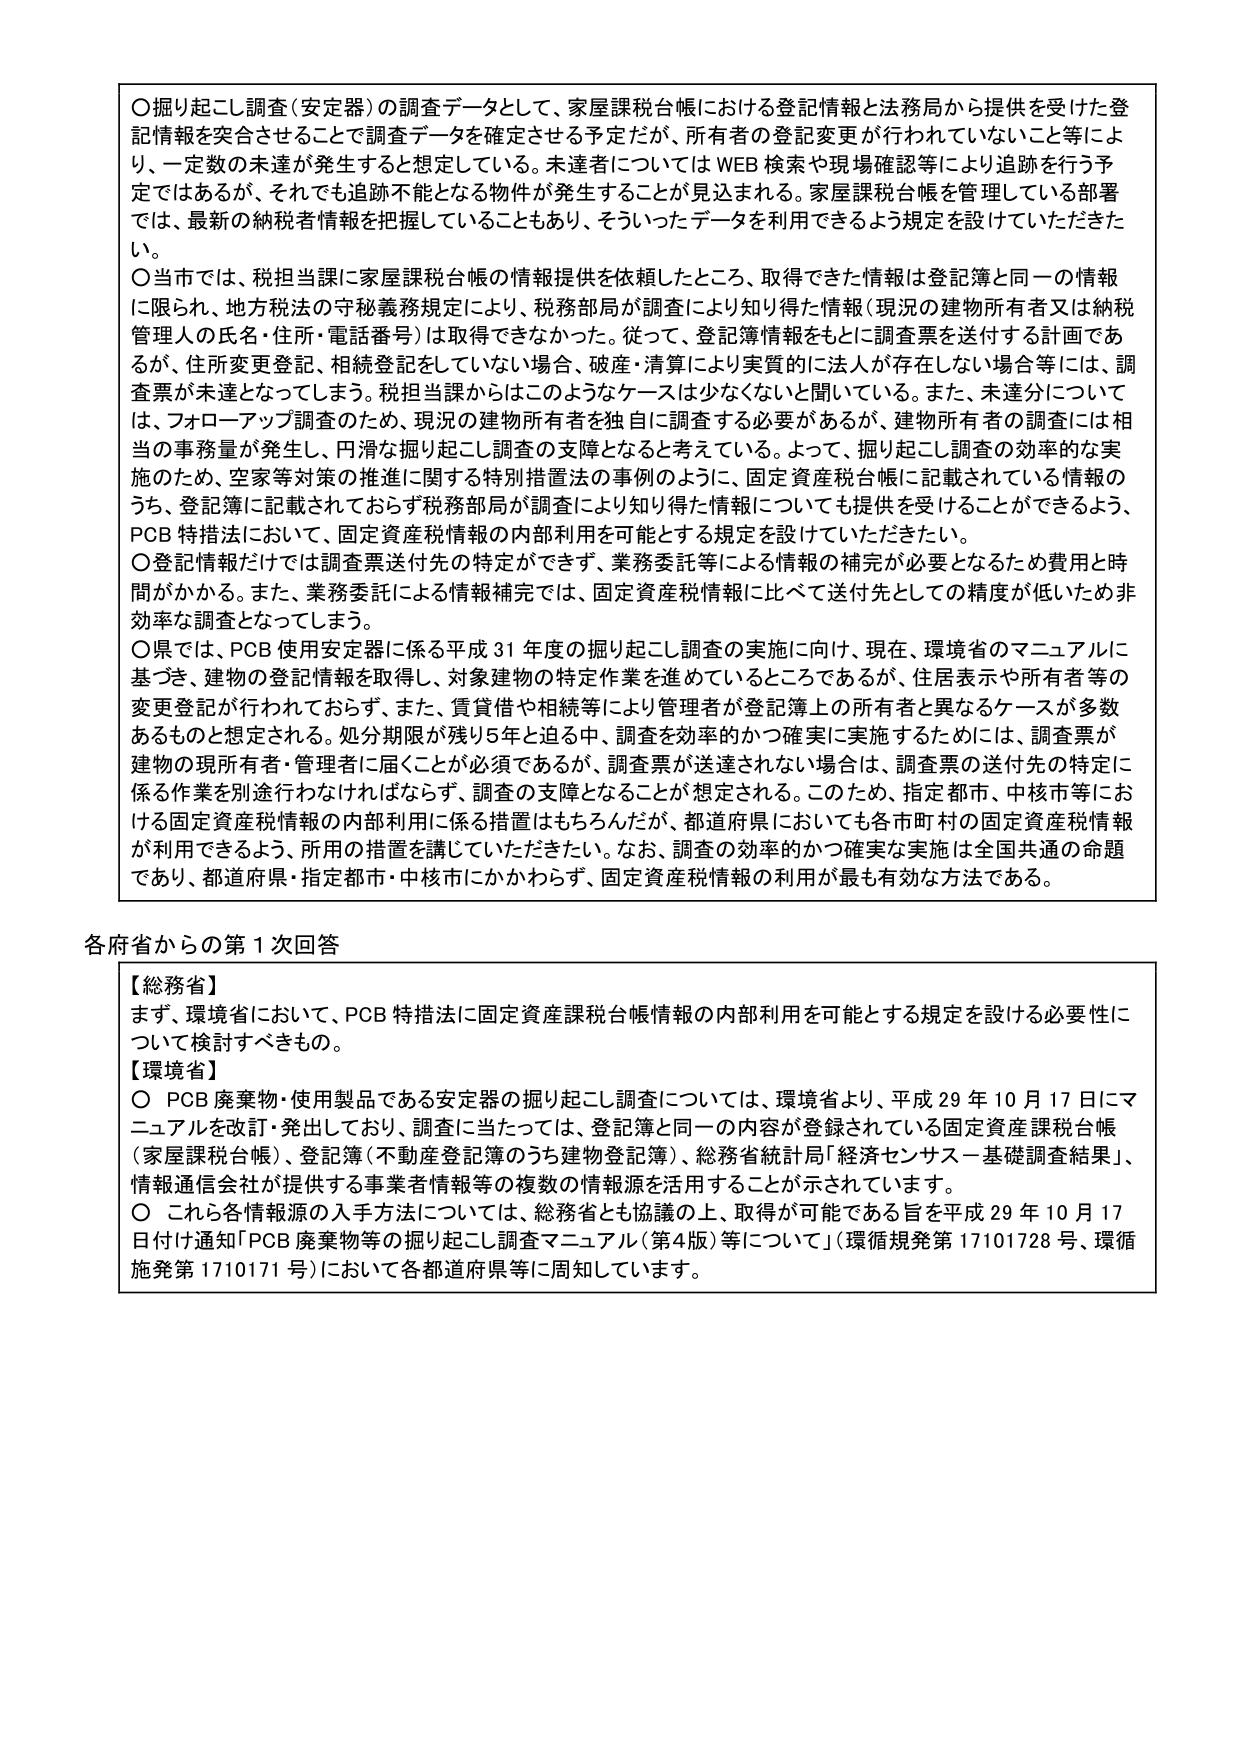
〇掘り起こし調査（安定器）の調査データとして、家屋課税台帳における登記情報と法務局から提供を受けた登記情報を突合させることで調査データを確定させる予定だが、所有者の登記変更が行われていないこと等により、一定数の未達が発生すると想定している。未達者についてはWEB検索や現場確認等により追跡を行う予定ではあるが、それでも追跡不能となる物件が発生することが見込まれる。家屋課税台帳を管理している部署では、最新の納税者情報を把握していることもあり、そういったデータを利用できるよう規定を設けていただきたい。

〇当市では、税担当課に家屋課税台帳の情報提供を依頼したところ、取得できた情報は登記簿と同一の情報に限られ、地方税法の守秘義務規定により、税務部局が調査により知り得た情報（現況の建物所有者又は納税管理人の氏名・住所・電話番号）は取得できなかった。従って、登記簿情報をもとに調査票を送付する計画であるが、住所変更登記、相続登記をしていない場合、破産・清算により実質的に法人が存在しない場合等には、調査票が未達となってしまう。税担当課からはこのようなケースは少なくないと聞いている。また、未達分については、フォローアップ調査のため、現況の建物所有者を独自に調査する必要があるが、建物所有者の調査には相当の事務量が発生し、円滑な掘り起こし調査の支障となると考えている。よって、掘り起こし調査の効率的な実施のため、空家等対策の推進に関する特別措置法の事例のように、固定資産税台帳に記載されている情報のうち、登記簿に記載されておらず税務部局が調査により知り得た情報についても提供を受けることができるよう、PCB特措法において、固定資産税情報の内部利用を可能とする規定を設けていただきたい。

〇登記情報だけでは調査票送付先の特定ができず、業務委託等による情報の補完が必要となるため費用と時間がかかる。また、業務委託による情報補完では、固定資産税情報に比べて送付先としての精度が低いため非効率な調査となってしまう。

〇県では、PCB使用安定器に係る平成31年度の掘り起こし調査の実施に向け、現在、環境省のマニュアルに基づき、建物の登記情報を取得し、対象建物の特定作業を進めているところであるが、住居表示や所有者等の変更登記が行われておらず、また、賃貸借や相続等により管理者が登記簿上の所有者と異なるケースが多数あるものと想定される。処分期限が残り5年と迫る中、調査を効率的かつ確実に実施するためには、調査票が建物の現所有者・管理者に届くことが必須であるが、調査票が送達されない場合は、調査票の送付先の特定に係る作業を別途行わなければならず、調査の支障となることが想定される。このため、指定都市、中核市等における固定資産税情報の内部利用に係る措置はもちろんだが、都道府県においても各市町村の固定資産税情報が利用できるよう、所用の措置を講じていただきたい。なお、調査の効率的かつ確実な実施は全国共通の命題であり、都道府県・指定都市・中核市にかかわらず、固定資産税情報の利用が最も有効な方法である。

各府省からの第1次回答

【総務省】
まず、環境省において、PCB特措法に固定資産課税台帳情報の内部利用を可能とする規定を設ける必要性について検討すべきもの。

【環境省】
〇 PCB廃棄物・使用製品である安定器の掘り起こし調査については、環境省より、平成29年10月17日にマニュアルを改訂・発出しており、調査に当たっては、登記簿と同一の内容が登録されている固定資産課税台帳（家屋課税台帳）、登記簿（不動産登記簿のうち建物登記簿）、総務省統計局「経済センサス－基礎調査結果」、情報通信会社が提供する事業者情報等の複数の情報源を活用することが示されています。
〇 これら各情報源の入手方法については、総務省とも協議の上、取得が可能である旨を平成29年10月17日付け通知「PCB廃棄物等の掘り起こし調査マニュアル（第4版）等について」（環循規発第17101728号、環循施発第1710171号）において各都道府県等に周知しています。